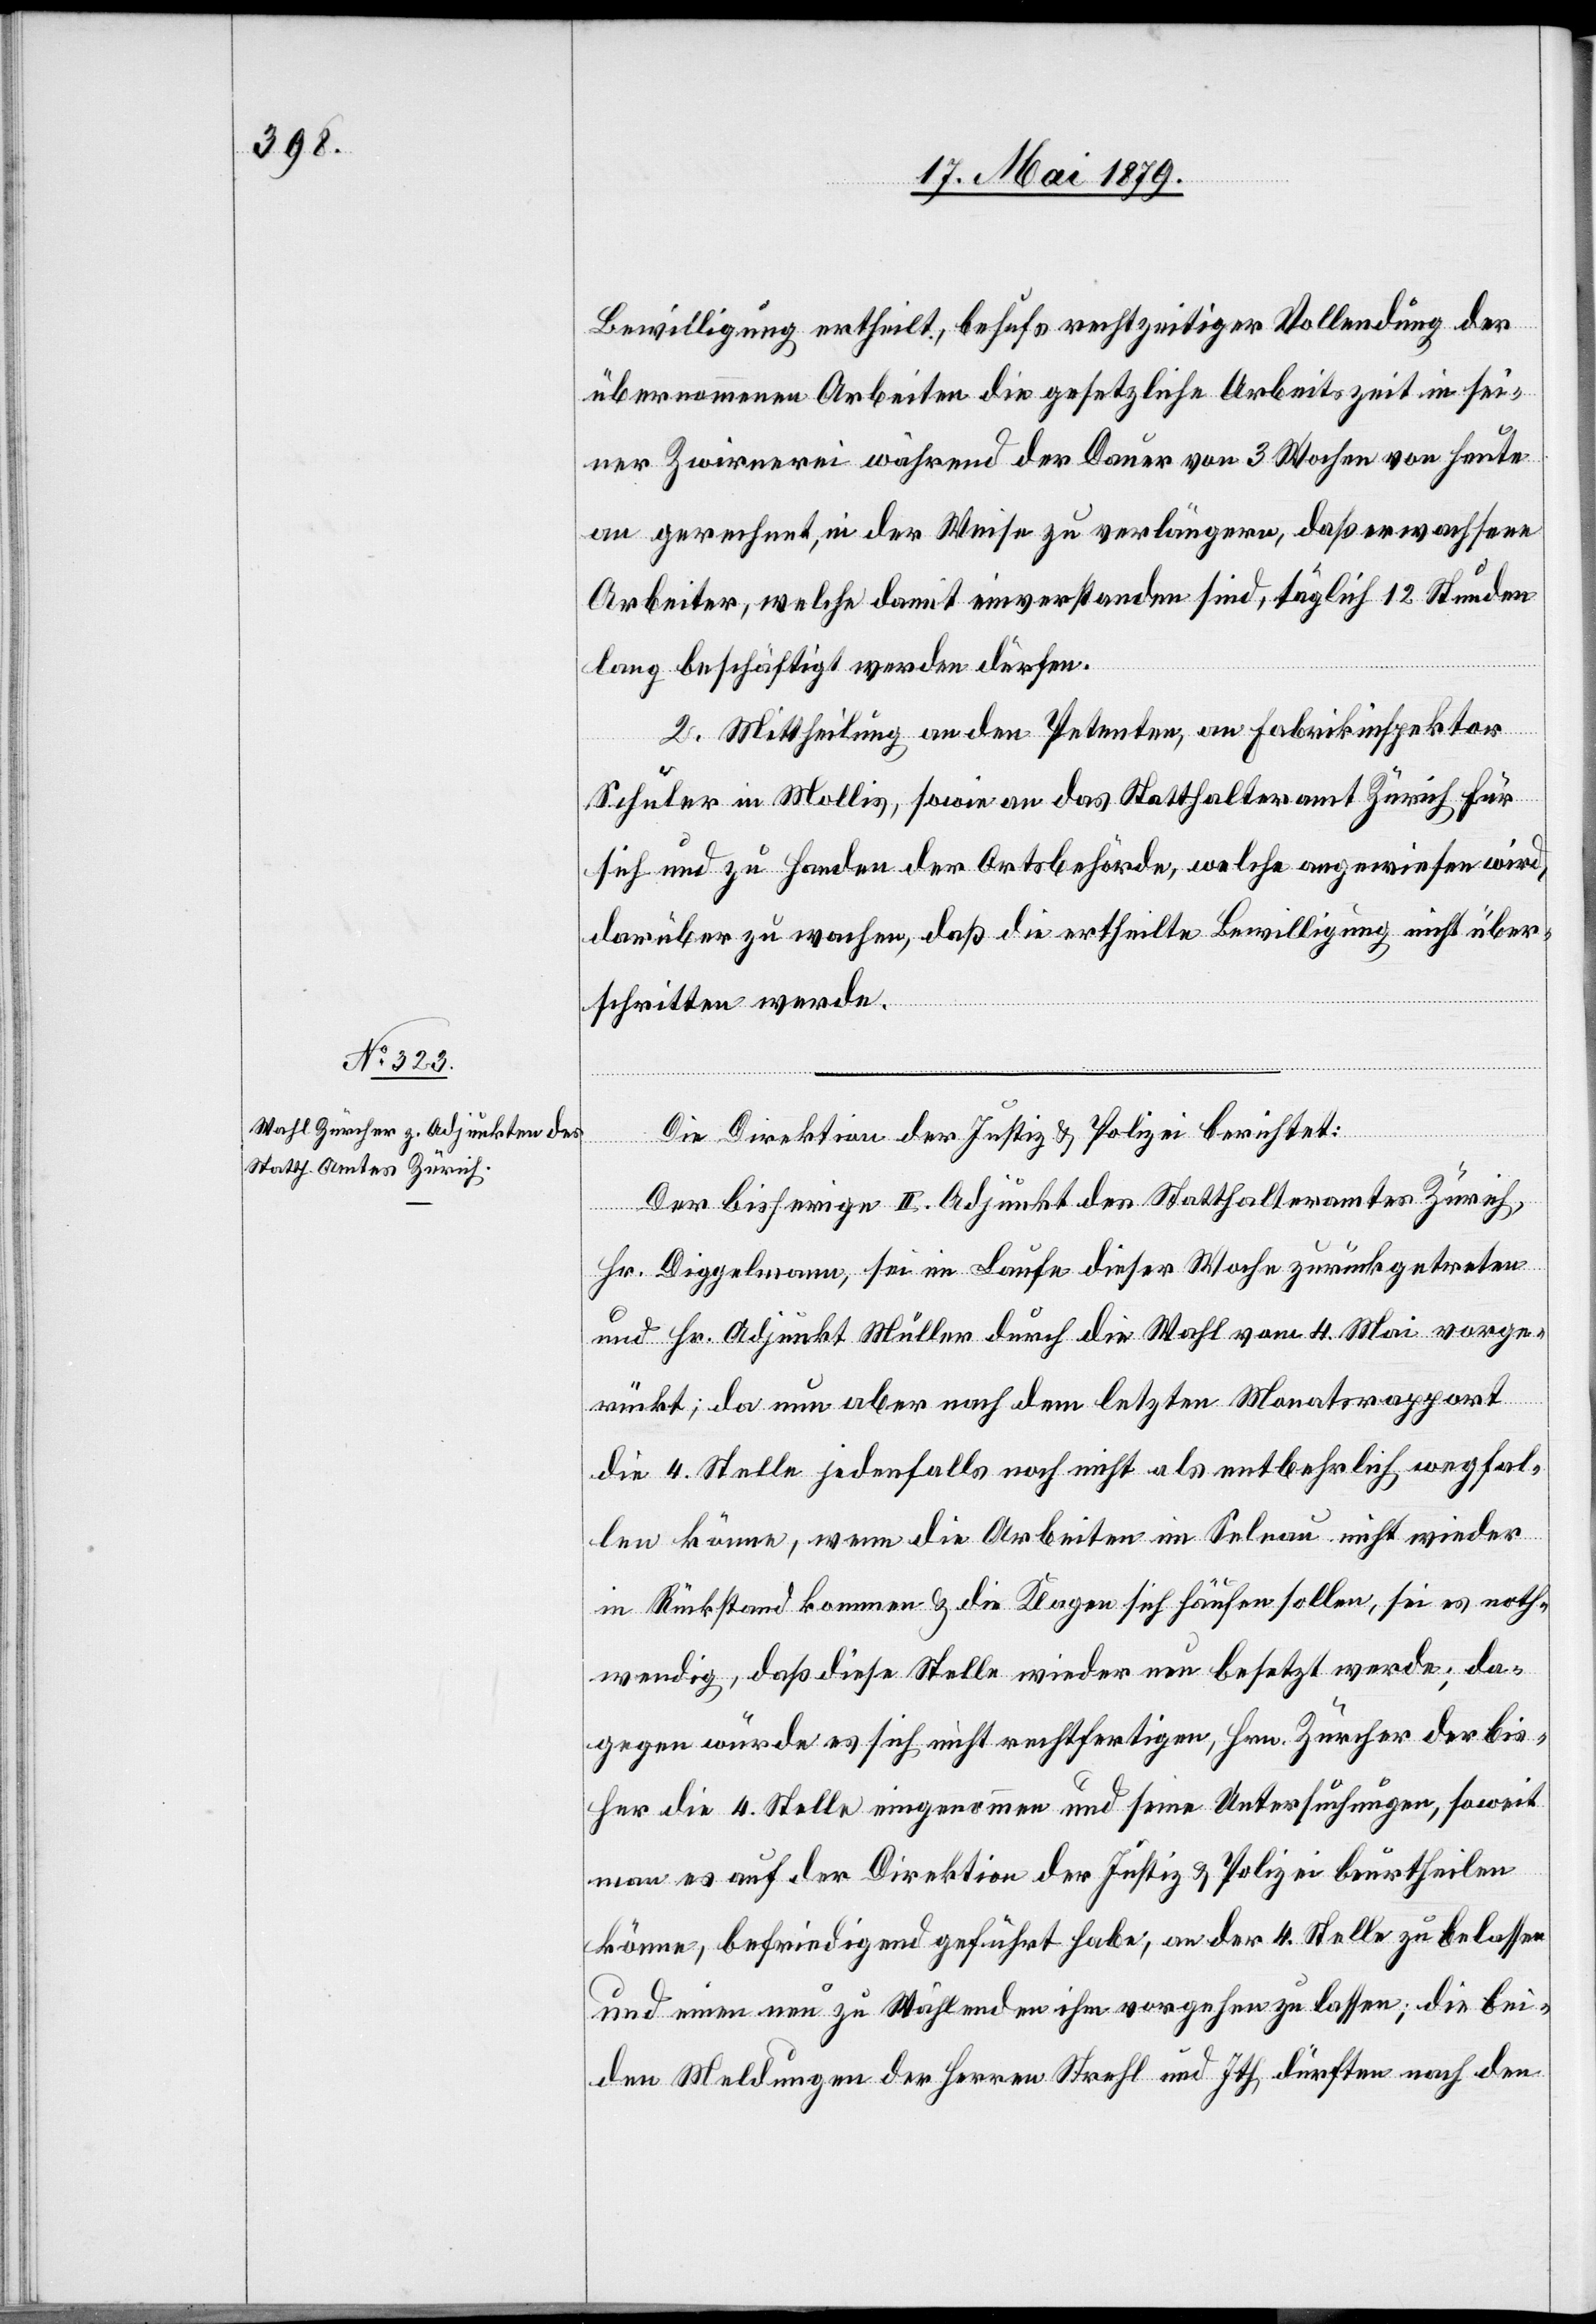
Bewilligung ertheilt, behufs rechtzeitiger Vollendung der
übernommenen Arbeiten die gesetzliche Arbeitszeit in sei¬
ner Zwirnerei während der Dauer von 3 Wochen von heute
an gerechnet, in der Weise zu verlängern, daß erwachsene
Arbeiter, welche damit einverstanden sind, täglich 12 Stunden
lang beschäftigt werden dürfen.
2. Mittheilung an den Petenten, an Fabrikinspektor
Schuler in Mollis, sowie an das Statthalteramt Zürich für
sich und zu Handen der Ortsbehörde, welche angewiesen wird,
darüber zu wachen, daß die ertheilte Bewilligung nicht über¬
schritten werde.
Die Direktion der Justiz & Polizei berichtet:
Der bisherige II. Adjunkt des Statthalteramtes Zürich,
Hr. Diggelmann, sei im Laufe dieser Woche zurückgetreten
und Hr. Adjunkt Müller durch die Wahl vom 4. Mai vorge¬
rückt; da nun aber nach dem letzten Monatsrapport
die 4. Stelle jedenfalls noch nicht als entbehrlich wegfal¬
len könne, wenn die Arbeiten im Selnau nicht wieder
in Rückstand kommen & die Klagen sich häufen sollen, sei es noth¬
wendig, daß diese Stelle wieder neu besetzt werde; da¬
gegen würde es sich nicht rechtfertigen, Hrn. Zürcher der bis¬
her die 4. Stelle eingenommen und seine Untersuchungen, soweit
man es auf der Direktion der Justiz & Polizei beurtheilen
könne, befriedigend geführt habe, an der 4. Stelle zu belassen
und einen neu zu Wählenden ihm vorgehen zu lassen; die bei¬
den Meldungen der Herren Strehl und Ith dürften nach den